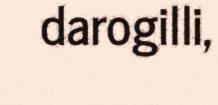
darogilli,